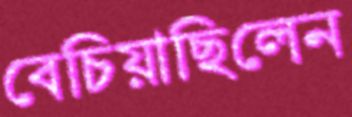
বেচিয়াছিলেন